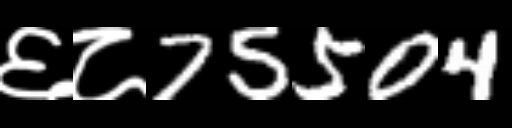
Text: ६८75504